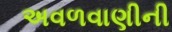
અવળવાણીની